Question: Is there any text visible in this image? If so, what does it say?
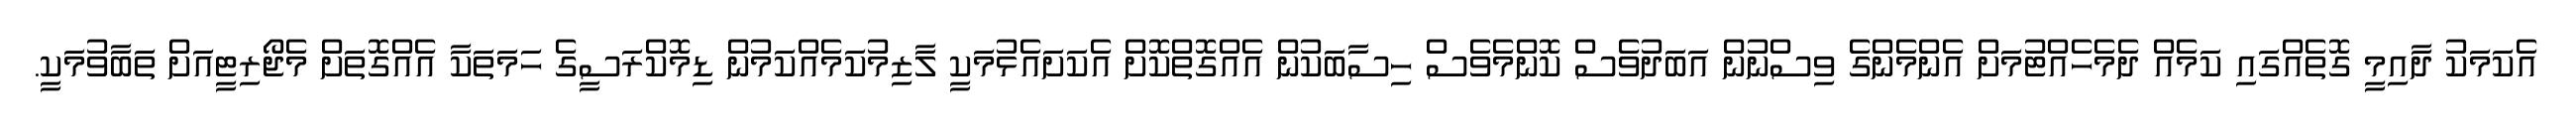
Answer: އެކަމަކު ދާއިމީ ގޮތެއްގައި ކަމެއް ދެމެހެއްޓުމަށް އެންމެންގެ ވިސްނުން އަބަދުވެސް ކޮންމެވެސް ހިސާބަކުން އެއްގޮތްކޮށް އެކަށައެޅުމަކީ ލާޒިމުކަމެއްކަމުން ޑިމޮކްރަސީގެ ހަމަތަކާ އެއްގޮތަށް މެޖޯރިޓީއަށް ތަބާވުމަކީ.